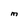
Character: M